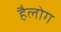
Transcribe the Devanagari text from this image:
हैलोग